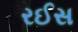
રઈસ